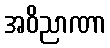
အဝိညာဏာ